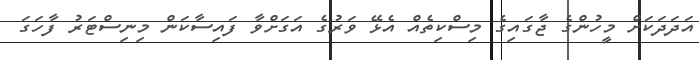
އަދަދަކަށް މީހުންގެ ޖާގައިގެ މިސްކިތެއް އެޅޭ ވަރުގެ އަގަށްވާ ފައިސާކަން މިނިސްޓަރު ފާހަގަ